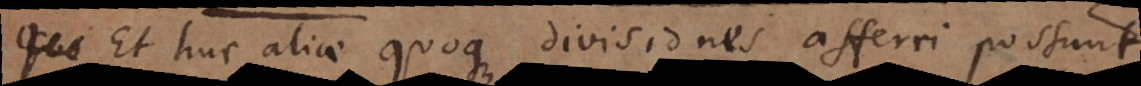
Et huc aliae quoque divisiones afferri possunt.